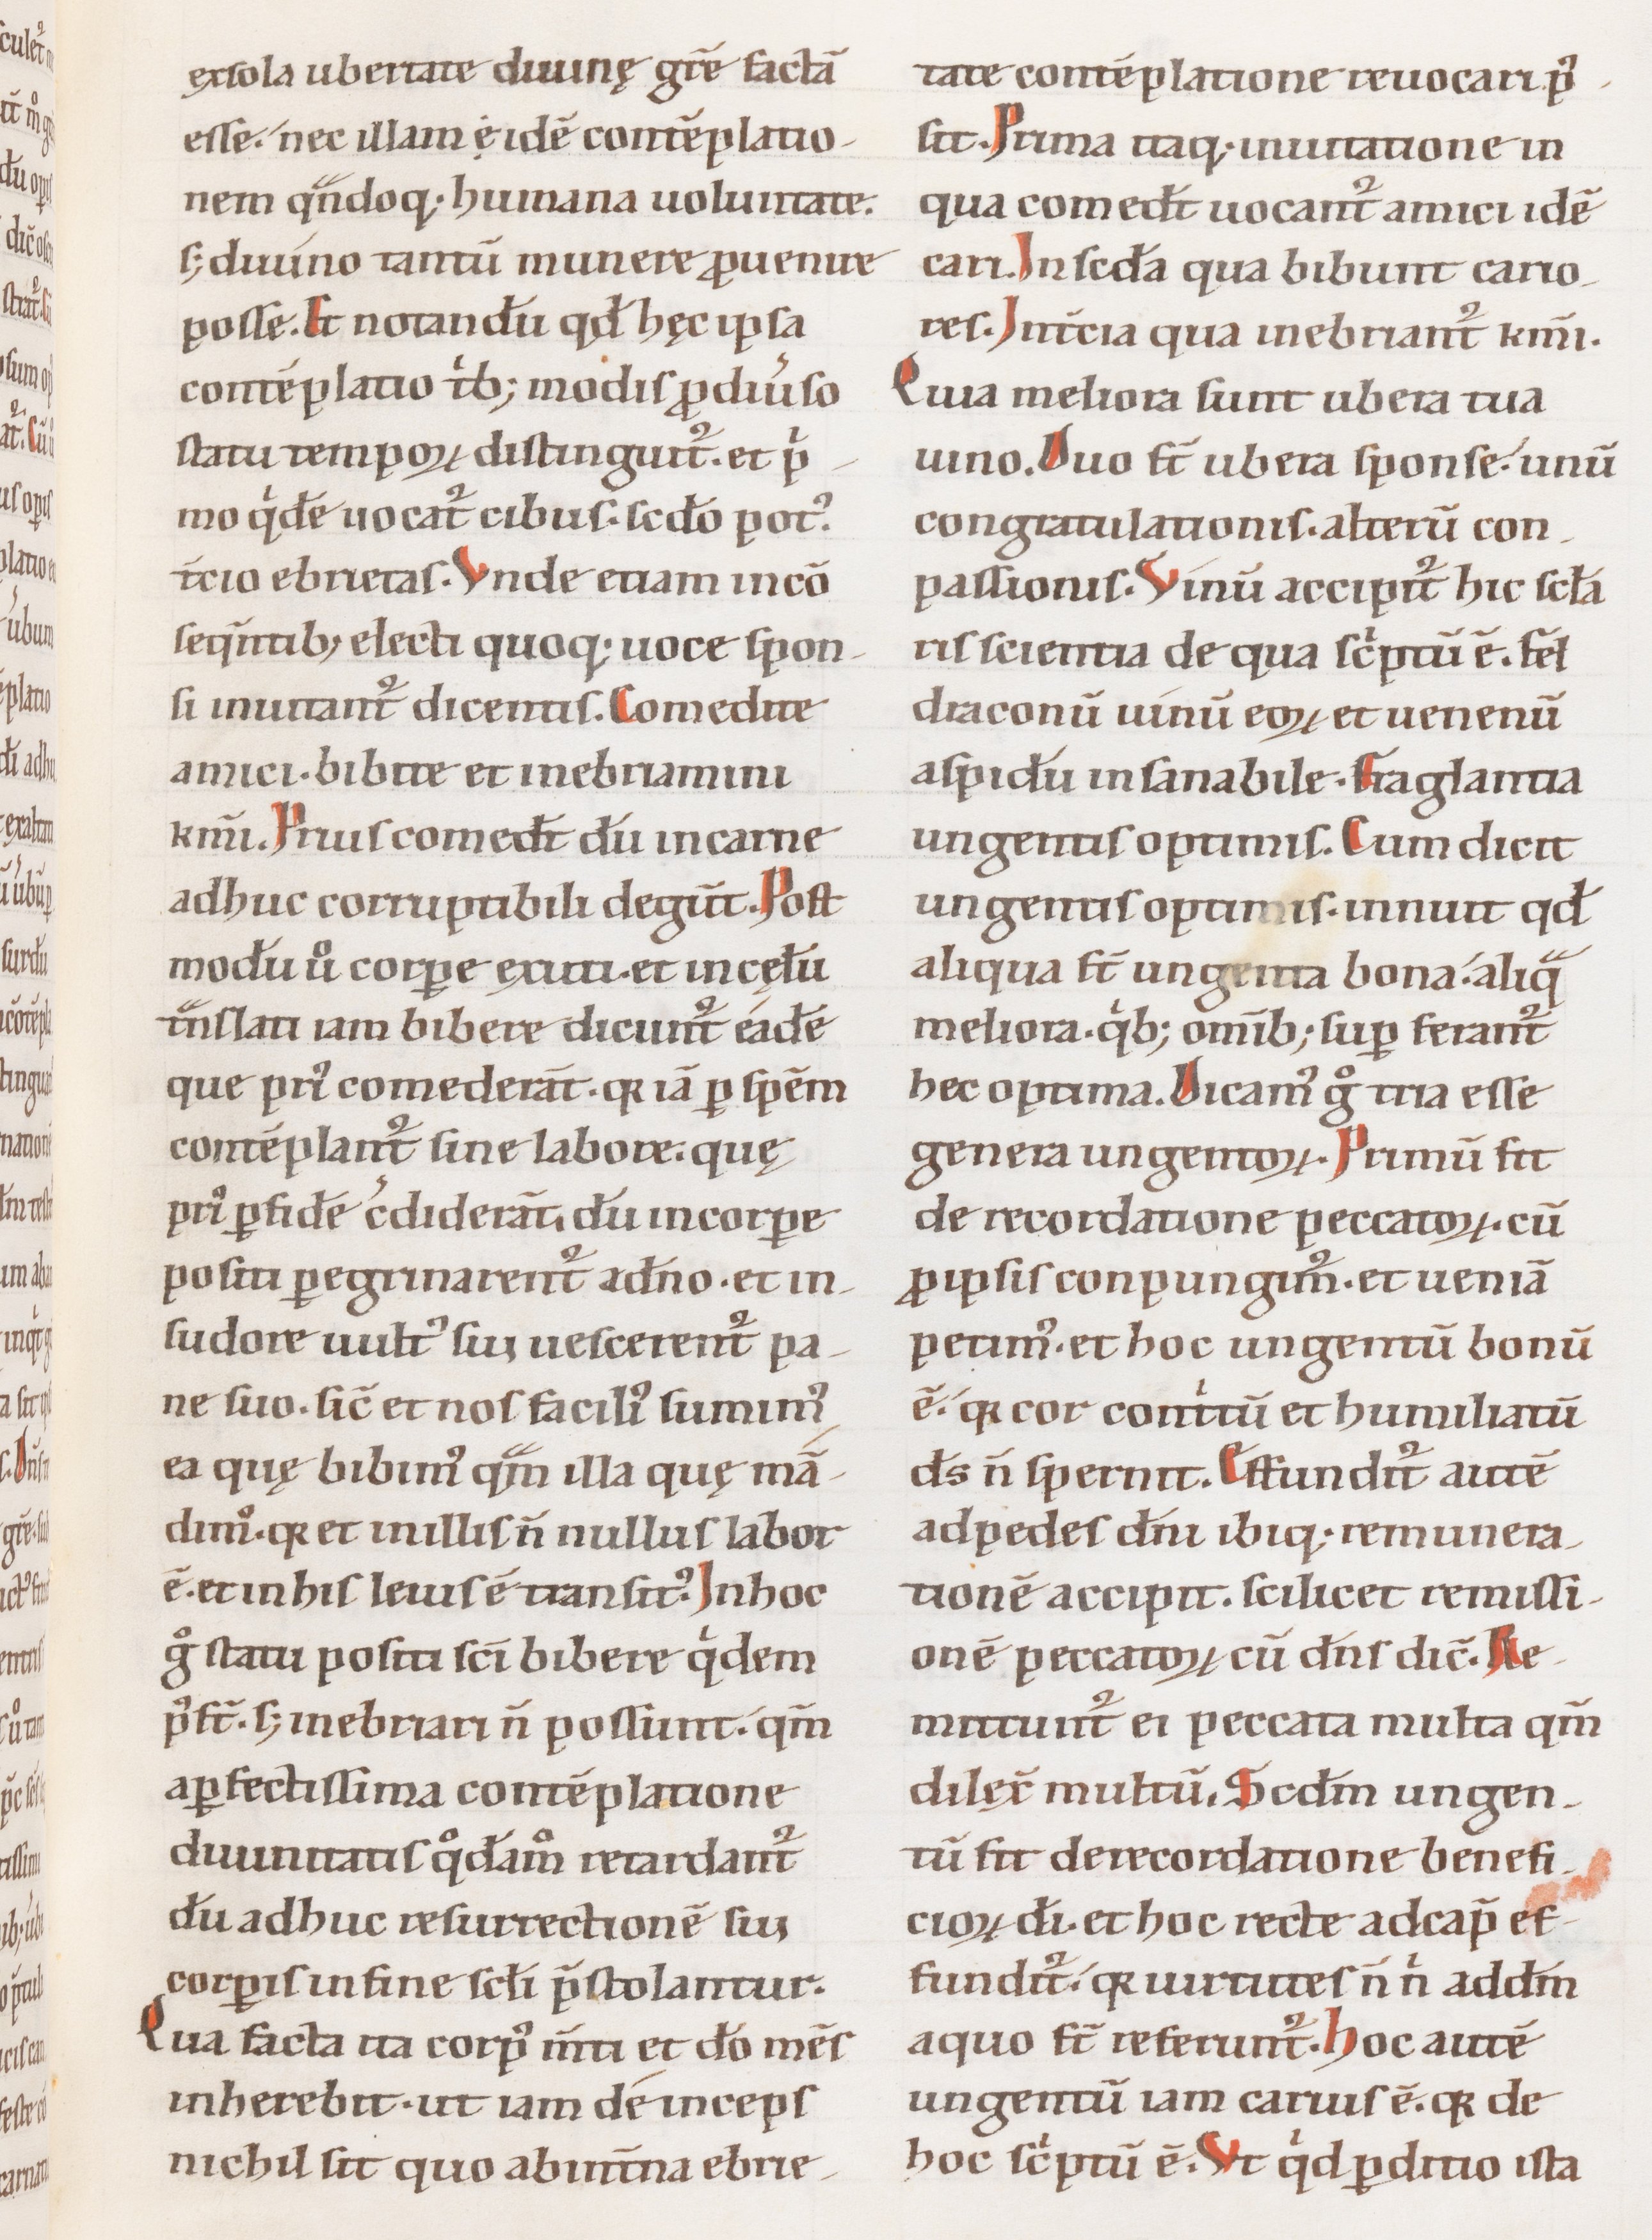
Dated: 1100–1199